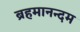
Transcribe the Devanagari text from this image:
ब्रहमानन्दम